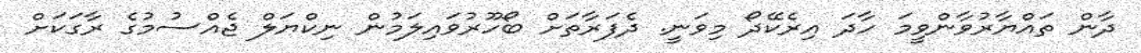
ދާން ތައްޔާރުވާންވީމަ ހާދަ އިރެކޭދޯ މިވަނީ. ދެފަރާތަށް ބޯހޫރުވައިލަމުން ނިކްޔަލް ޖެއްސުމުގެ ރާގަކަށް